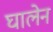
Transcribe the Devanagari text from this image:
घालेन